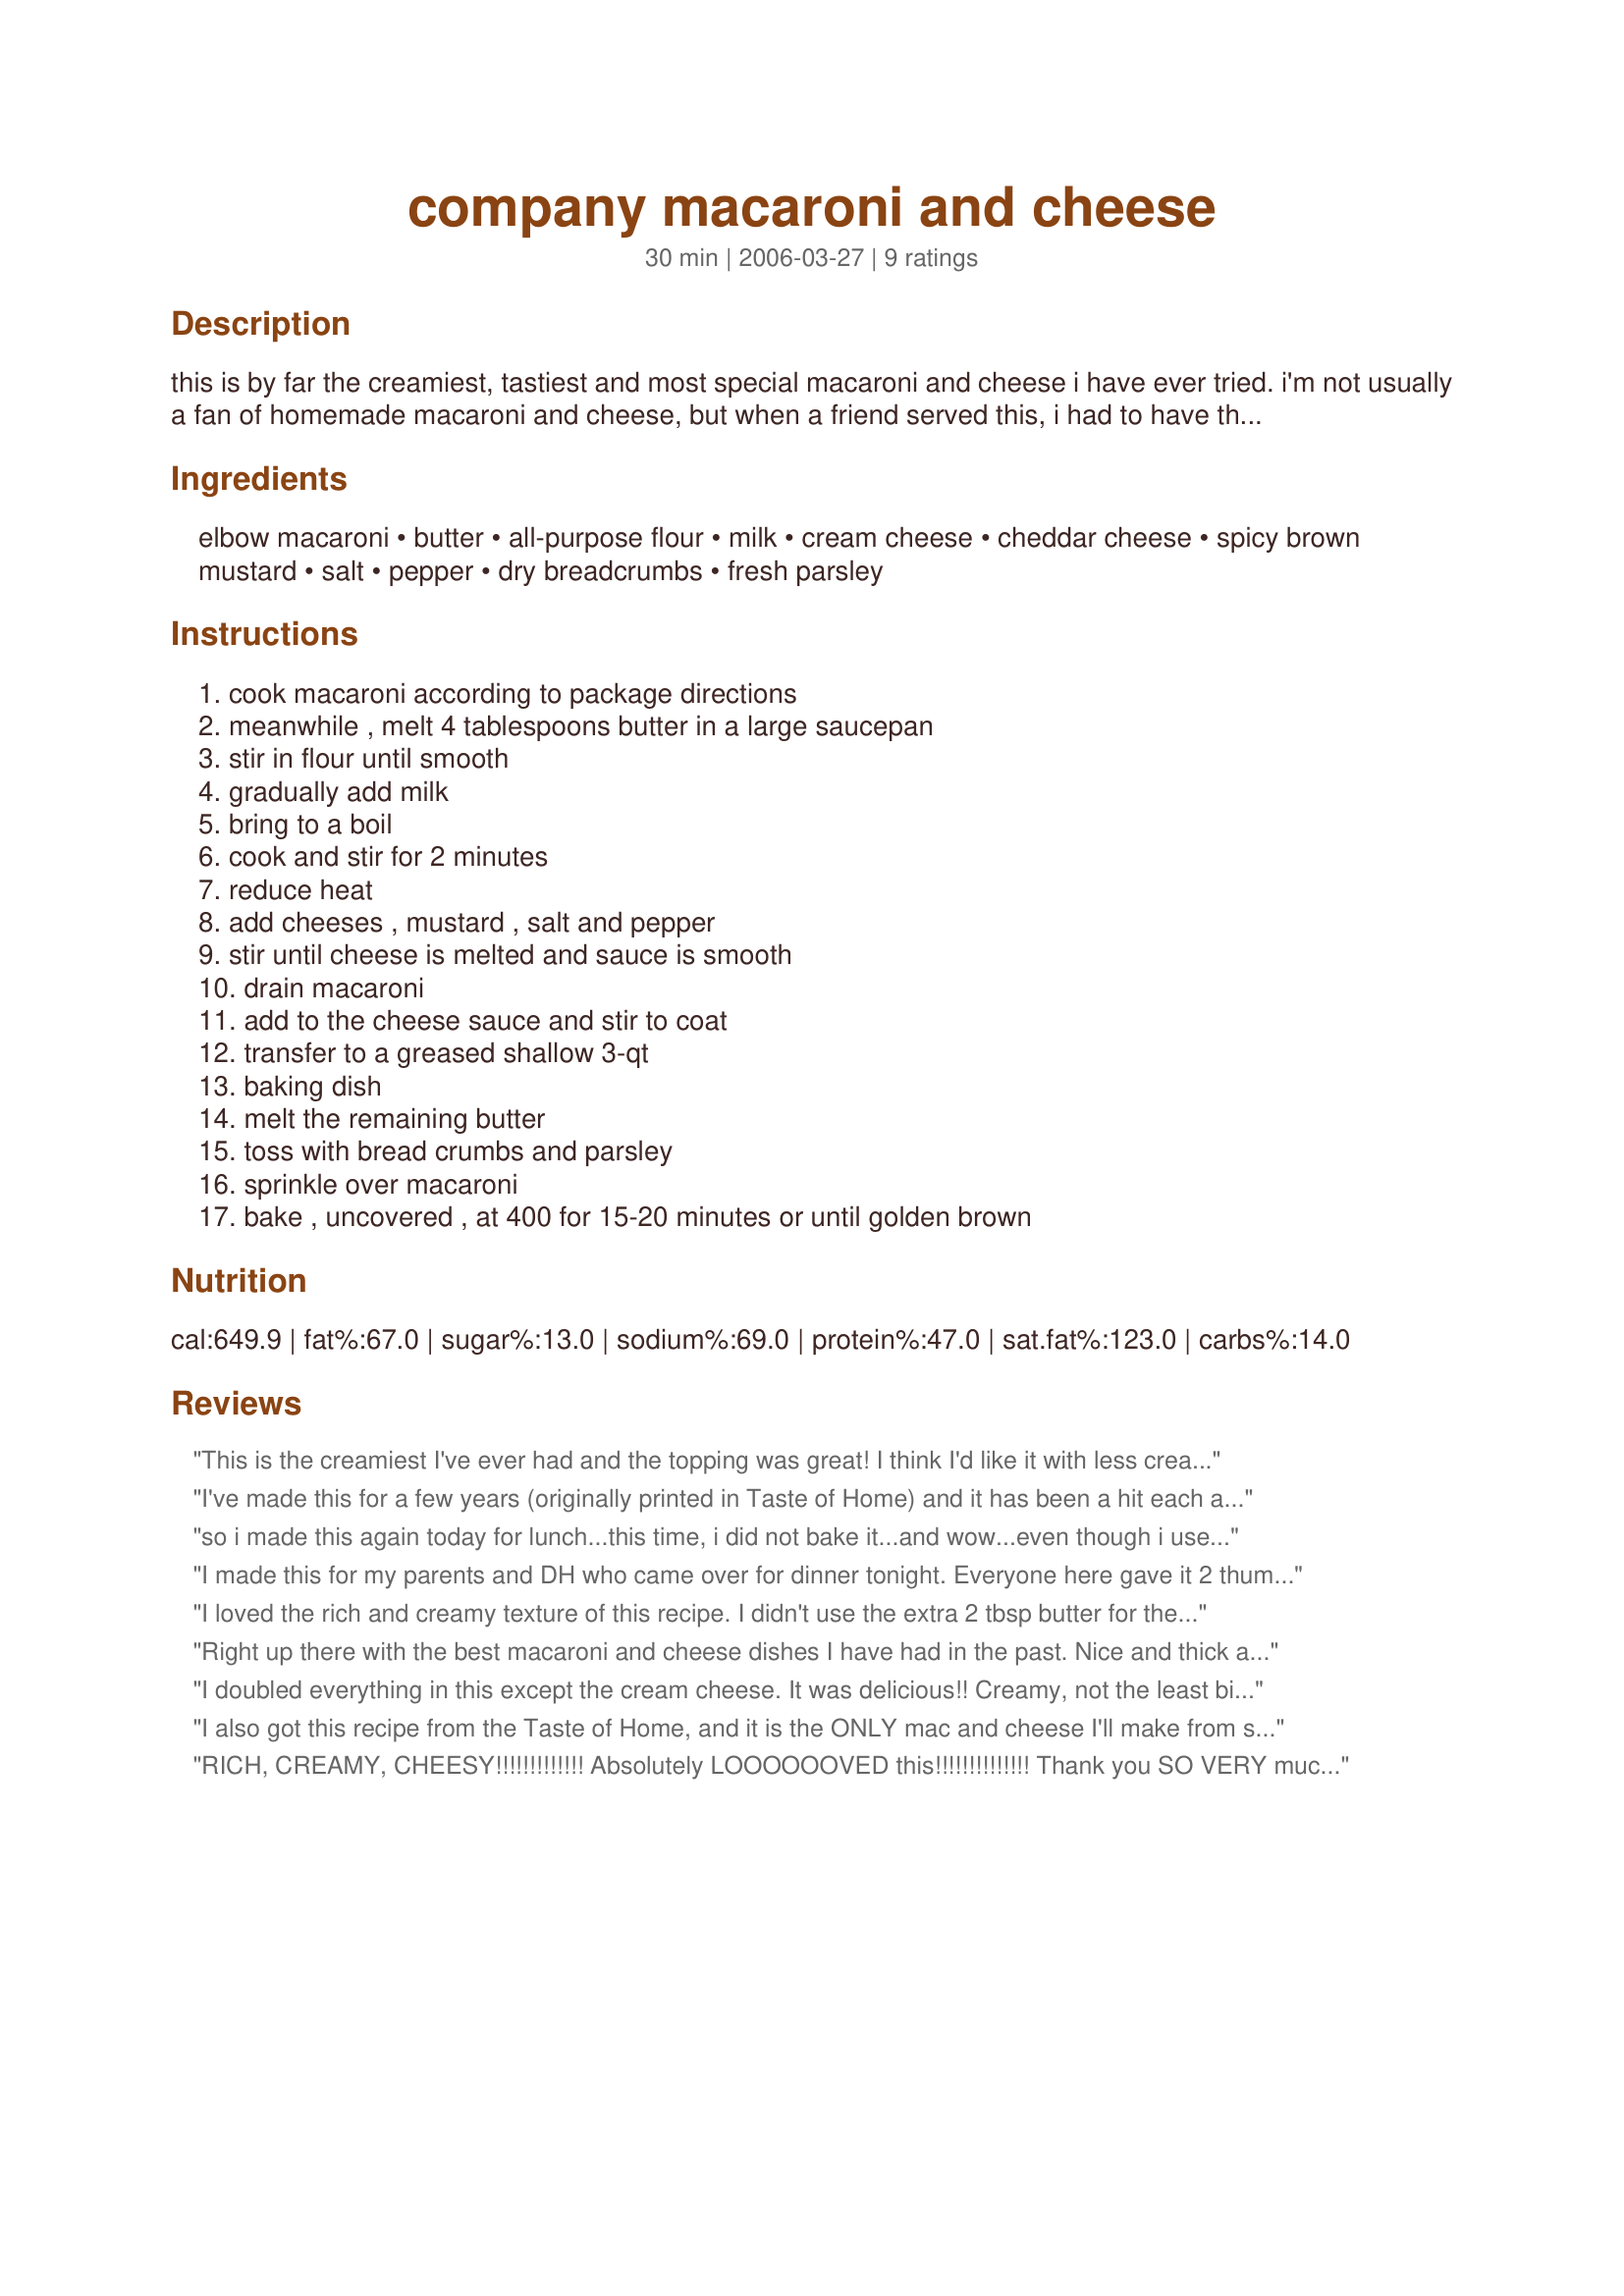
company macaroni and cheese
Preparation time: 30 minutes

this is by far the creamiest, tastiest and most special macaroni and cheese i have ever tried. i'm not usually a fan of homemade macaroni and cheese, but when a friend served this, i had to have the recipe. since it's so little fuss and well received, it's a terrific potluck dish.

Ingredients:
elbow macaroni, butter, all-purpose flour, milk, cream cheese, cheddar cheese, spicy brown mustard, salt, pepper, dry breadcrumbs, fresh parsley

Steps:
cook macaroni according to package directions, meanwhile , melt 4 tablespoons butter in a large saucepan, stir in flour until smooth, gradually add milk, bring to a boil, cook and stir for 2 minutes, reduce heat, add cheeses , mustard , salt and pepper, stir until cheese is melted and sauce is smooth, drain macaroni, add to the cheese sauce and stir to coat, transfer to a greased shallow 3-qt, baking dish, melt the remaining butter, toss with bread crumbs and parsley, sprinkle over macaroni, bake , uncovered , at 400 for 15-20 minutes or until golden brown

Reviews:
This is the creamiest I've ever had and the topping was great! I think I'd like it with less cream cheese, more mustard, but it was good and the kids liked it.
I've made this for a few years (originally printed in Taste of Home) and it has been a hit each and every time I've ever served it. Kids LOVE, LOVE, LOVE it and adults aren't too far behind! I just served it last night at a potluck for 20 people and everyone was asking for the recipe. Super cheesy, tasty and filling. For the "spicy brown mustard" I often use dijon mustard but yellow mustard works too. Yum!!
so i made this again today for lunch...this time, i did not bake it...and wow...even though i used low-fat milk and low-fat cream cheese...it tastes amazing!!!
I made this for my parents and DH who came over for dinner tonight. Everyone here gave it 2 thumbs up! It was rich and creamy and my dad was humming through the whole meal, which means he LOVED it! Thanks so much for making me look good by passing on such a great Mac and Cheese recipe Looney!
I loved the rich and creamy texture of this recipe. I didn't use the extra 2 tbsp butter for the crumb topping and didn't miss it at all. The creaminess of the sauce was enough to crisp the crumbs very nicely. When making it again, I think I will use about 10 oz of macaroni - I think there is enough creamy sauce to handle a little more macaroni, and I will use a sharp cheddar with one additional tsp spicy mustard to boost the flavor, as the sauce was a little mild for our taste. Thanks for sharing a very good recipe.
Right up there with the best macaroni and cheese dishes I have had in the past. Nice and thick and creamy, roof of the mouth sticking heaven is what it is!
I doubled everything in this except the cream cheese. It was delicious!! Creamy, not the least bit grainy, and perfectly cheesy. I used whole wheat pasta and the sauce held up to the stronger taste with no problem. This is a keeper!
I also got this recipe from the Taste of Home, and it is the ONLY mac and cheese I'll make from scratch. I've used honey dijon and regular honey mustard in this. I usually don't make the topping but I have added steamed asparagus and sauted mushrooms to the casserole to change it up a bit. Super Yummy!!
RICH, CREAMY, CHEESY!!!!!!!!!!!!! Absolutely LOOOOOOVED this!!!!!!!!!!!!!! Thank you SO VERY much!!!!!!!!!! :) :) :)
